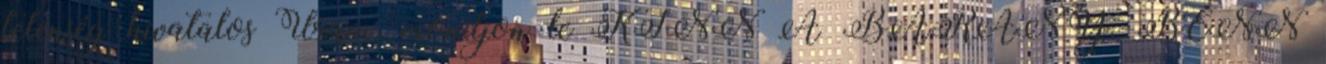
telenség hivatalos Uram, mondjon le KINN A BÁRÁNY, BENN